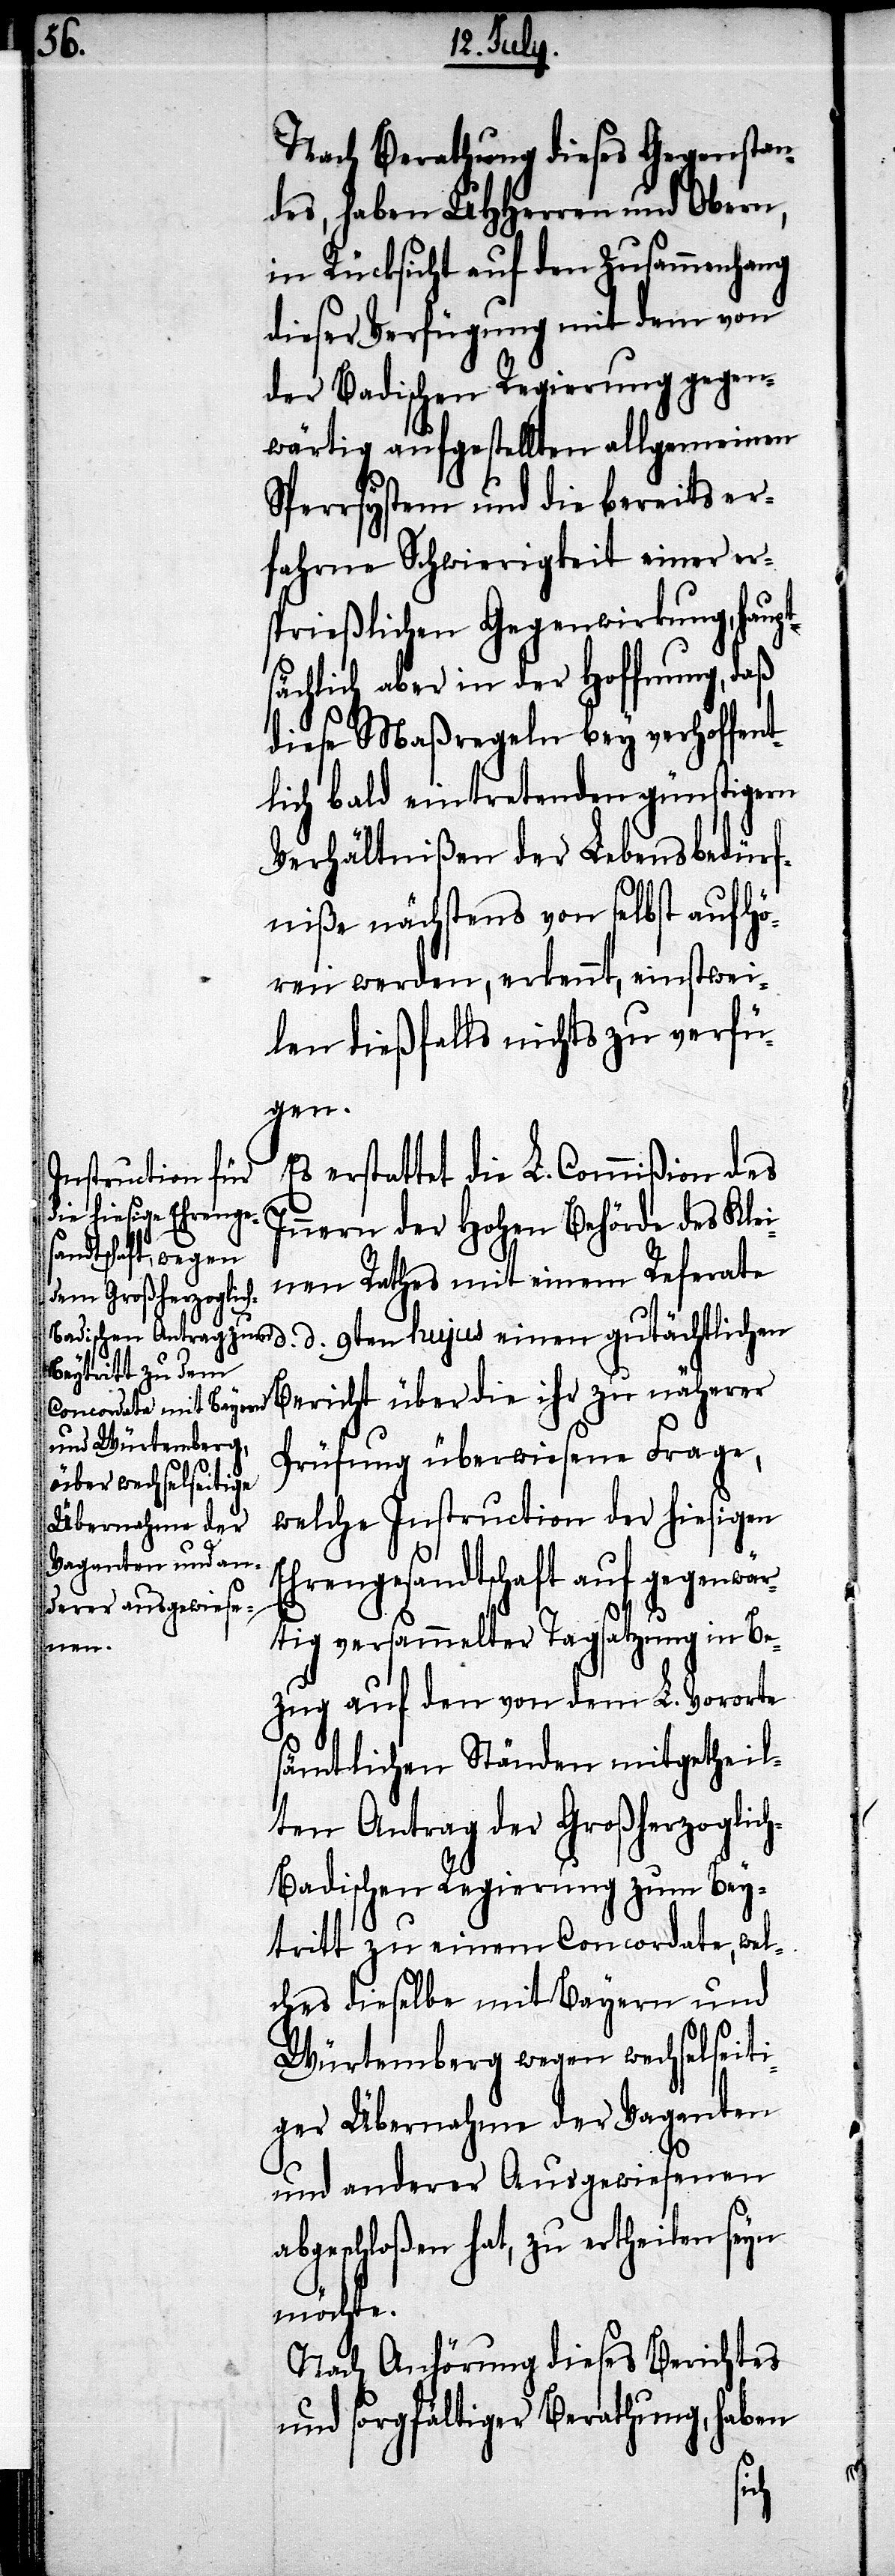
E¬

Nach Berathung dieses Gegenstan¬
des, haben UHHerren und Obern,
in Rücksicht auf den Zusammenhang
dieser Verfügung mit dem von
der Badischen Regierung gegen¬
wärtig aufgestellten allgemeinen
Sperrsysten und die bereits er¬
fahrene Schwierigkeit einer er¬
sprießlichen Gegenwirkung, haupts¬
ächlich aber in der Hoffnung, daß
diese Maßregeln bey verhoffent¬
lich bald eintretenden günstigern
Verhältnißen der Lebensbedürf¬
niße nächstens von selbst aufhö¬
ren werden, erkennt, einstwei¬
len dießfalls nichts zu verfü¬
gen.
Es erstattet die L. Commißion des
Innern der Hohen Behörde des Klei¬
nen Rathes mit einem Referate
gutächtlichen Bericht über die ihr zu näherer
Prüfung überwiesen Frage,
welche Instructionen der hiesigen
hrengesandtschaft auf gegenwä¬
rtig versammelter Tagsatzung in Be¬
einen
zug auf den von dem L. Vororte
sämtlichen Ständen mitgetheil¬
ten Antrag der Großherzoglic¬
h-Badischen Regierung zum Bey¬
tritt zu einem Concordate, wel¬
ches dieselbe mit Bayern und
Würtemberg wegen wechselseiti¬
ger Übernahme der Vaganten
und anderer Ausgewiesenen
abgeschloßen hat, zu ertheilen seyn
möchte.
Nach Anhörung dieses Berichtes
und sorgfältiger Berathung, haben